Medical and sanitary report on the native army of Bombay for the year
Year: 1879
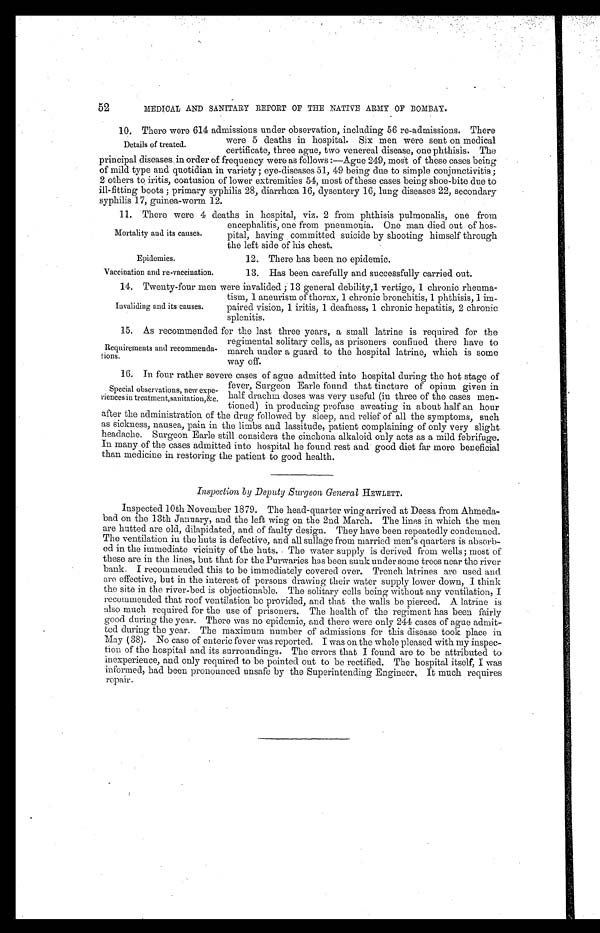
52
MEDICAL AND SANITARY REPORT OF THE NATIVE ARMY OF BOMBAY.
10. There were 614 admissions under observation, including 56 re-admissions. There
were 5 deaths in hospital. Six men were sent on medical
certificate, three ague, two venereal disease, one phthisis. The
principal diseases, in order of frequency were as follows :—Ague 249, most of these cases being
of mild type and quotidian in variety; eye-diseases 51, 49 being due to simple conjunctivitis;
2 others to, iritis, contusion of lower extremities 54, most of these cases being shoe-bite due to
ill-fitting boots; primary syphilis 28, cliarrhœa 16, dysentery 16, lung diseases 22, secondary
syphilis 17. guinea-worm 12.
11. There were 4 deaths in hospital, viz. 2 from phthisis pulmonalis, one from
encephalitis, one from pneumonia. One man died out of hos
-pital, having committed suicide by shooting himself through
the left side of his chest.
Details of treated.
Mortality and its causes.
Epidemics.
Vaccination and re-vaccination.
12. There has been no epidemic.
13. Has been carefully and successfully carried out.
14. Twenty-four men were invalided; 13 general debility,1 vertigo, 1 chronic rheuma
-tism, 1 aneurism of thorax, 1 chronic bronchitis, 1 phthisis, 1 im
-paired vision, 1 iritis, 1 deafness, 1 chronic hepatitis, 2 chronic
splenitis.
15. As recommended for the last three years, a small latrine is required for the
regimental solitary cells, as prisoners confined there have to
march under a guard to the hospital latrine, which is some
way off.
16. In four rather severe cases of ague admitted into hospital during the hot stage of
fever, Surgeon Earle found that tincture of opium given in
half drachm doses was very useful (in three of the cases men
-tioned) in producing profuse sweating in about half an hour
after the administration of the drug followed by sleep, and relief of all the symptoms, such
as sickness, nausea, pain in the limbs and lassitude, patient complaining of only very slight
headache. Surgeon Earle still considers the cinchona alkaloid only acts as a mild febrifuge.
In many of the cases admitted into hospital he found rest and good diet far more beneficial
than medicine in restoring the patient to good health.
Inspection by Deputy Surgeon General HEWLETT.
Inspected 10th November 1879. The head-quarter wing arrived at Deesa from Ahmeda
-bad on the 13th January, and the left wing on the 2nd March. The lines in which the men
are hutted are old, dilapidated, and of faulty design. They have been repeatedly condemned.
The ventilation in the huts is defective, and all sullage from married men's quarters is absorb
-ed in the immediate vicinity of the huts. The water supply is derived from wells; most of
these are in the lines, but that for the Purwaries has been sunk under some trees near the river
bank. I recommended this to be immediately covered over. Trench latrines are used and
are effective, but in the interest of persons drawing their water supply lower down, I think
the site in the river-bed is objectionable. The solitary cells being without any ventilation, I
recommended that roof ventilation be provided, and that the walls be pierced. A latrine is
also much required for the use of prisoners. The health of the regiment has been fairly
good during the year. There was no epidemic, and there were only 244 cases of ague admit
-ted during the year. The maximum number of admissions for this disease took place in
May (38). No case of enteric fever was reported. I was on the whole pleased with my inspec
-tion of the hospital and its surroundings. The errors that I found are to be attributed to
inexperience, and only required to be pointed out to be rectified. The hospital itself, I was
informed, had been pronounced unsafe by the Superintending Engineer. It Much requires
repair.
Invaliding and its causes.
Requirements and recommenda
-tions.
Special observations, new expe
-riences in treatment,sanitation, &c.